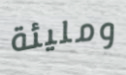
ومليئة